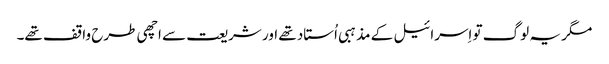
‏ مگر یہ لوگ تو اِسرائیل کے مذہبی اُستاد تھے اور شریعت سے اچھی طرح واقف تھے۔